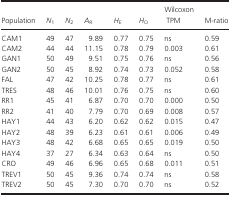
<table><thead><tr><td><b>Population</b></td><td><b><i>N</i><sub>1</sub></b></td><td><b><i>N</i><sub>2</sub></b></td><td><b><i>A</i><sub>R</sub></b></td><td><b><i>H</i><sub>E</sub></b></td><td><b><i>H</i><sub>O</sub></b></td><td><b>Wilcoxon TPM</b></td><td><b>M-ratio</b></td></tr></thead><tbody><tr><td>CAM1</td><td>49</td><td>47</td><td>9.89</td><td>0.77</td><td>0.75</td><td>ns</td><td>0.59</td></tr><tr><td>CAM2</td><td>44</td><td>44</td><td>11.15</td><td>0.78</td><td>0.79</td><td>0.003</td><td>0.61</td></tr><tr><td>GAN1</td><td>50</td><td>49</td><td>9.51</td><td>0.75</td><td>0.76</td><td>ns</td><td>0.56</td></tr><tr><td>GAN2</td><td>50</td><td>45</td><td>8.92</td><td>0.74</td><td>0.73</td><td>0.052</td><td>0.58</td></tr><tr><td>FAL</td><td>47</td><td>42</td><td>10.25</td><td>0.78</td><td>0.77</td><td>ns</td><td>0.61</td></tr><tr><td>TRES</td><td>48</td><td>46</td><td>10.01</td><td>0.76</td><td>0.75</td><td>ns</td><td>0.60</td></tr><tr><td>RR1</td><td>45</td><td>41</td><td>6.87</td><td>0.70</td><td>0.70</td><td>0.000</td><td>0.50</td></tr><tr><td>RR2</td><td>41</td><td>40</td><td>7.79</td><td>0.70</td><td>0.69</td><td>0.008</td><td>0.57</td></tr><tr><td>HAY1</td><td>44</td><td>43</td><td>6.20</td><td>0.62</td><td>0.62</td><td>0.015</td><td>0.47</td></tr><tr><td>HAY2</td><td>48</td><td>39</td><td>6.23</td><td>0.61</td><td>0.61</td><td>0.006</td><td>0.49</td></tr><tr><td>HAY3</td><td>48</td><td>42</td><td>6.68</td><td>0.65</td><td>0.65</td><td>0.019</td><td>0.50</td></tr><tr><td>HAY4</td><td>37</td><td>27</td><td>6.34</td><td>0.63</td><td>0.64</td><td>ns</td><td>0.50</td></tr><tr><td>CRO</td><td>49</td><td>46</td><td>6.96</td><td>0.65</td><td>0.68</td><td>0.011</td><td>0.51</td></tr><tr><td>TREV1</td><td>50</td><td>45</td><td>9.36</td><td>0.74</td><td>0.74</td><td>ns</td><td>0.58</td></tr><tr><td>TREV2</td><td>50</td><td>45</td><td>7.30</td><td>0.70</td><td>0.70</td><td>ns</td><td>0.52</td></tr></tbody></table>